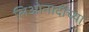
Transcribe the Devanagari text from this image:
लिओनार्दोच्या